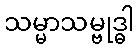
သမ္မာသမ္ဗုဒ္ဓါ